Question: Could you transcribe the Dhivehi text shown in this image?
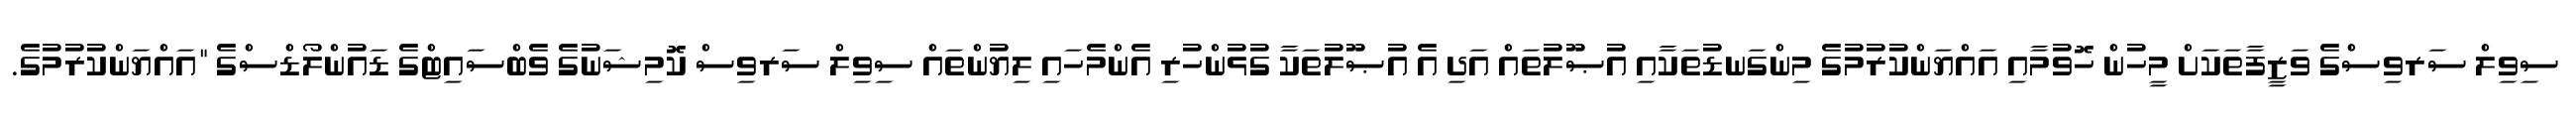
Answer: ސިވިލް ސަރވިސްގެ ވަޒީފާތަކަށް މީހުން ހޮވުމާއި އައްޔަންކުރުމުގެ މިންގަނޑުތަކާއި އުޞޫލުތައް އަދި އެ އުޞޫލުތަކާ ގުޅުންހުރި އެންމެހައި ލިޔުންތައް ސިވިލް ސަރވިސް ކޮމިޝަނުގެ ވެބްސައިޓްގެ ޑައުންލޯޑްސްގެ "އައްޔަންކުރުމުގެ.